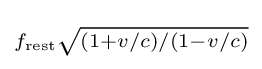
\scriptstyle {f_{\mathrm {rest} }{\sqrt {\left({1+v/c}\right)/\left({1-v/c}\right)}}}